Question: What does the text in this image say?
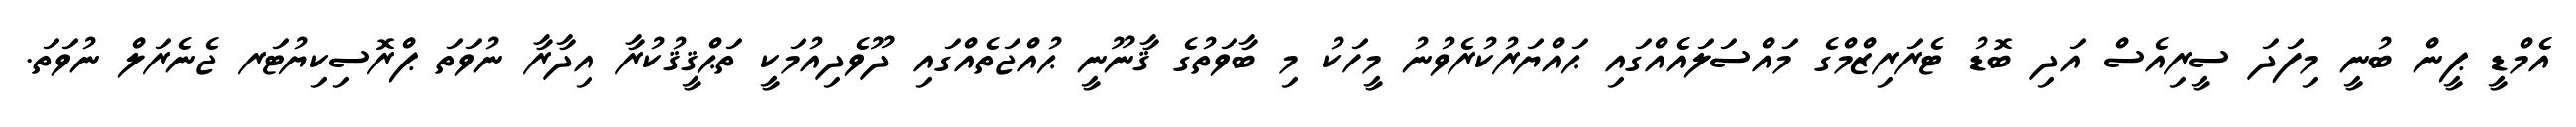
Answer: އެމްޑީ ޕީން ބުނީ މިފަދަ ސީރިއެސް އަދި ބޮޑު ޓެރަރިޒްމްގެ މައްސަލައެއްގައި ޙައްޔަރުކުރެވުނު މީހަކު މި ބާވަތުގެ ޤާނޫނީ ޙުއްޖަތެއްގައި ދޫވެދިއުމަކީ ތަޙްޤީޤުކުރާ އިދާރާ ނުވަތަ ޕްރޮސިކިޔުޓަރ ޖެނެރަލް ނުވަތަ.